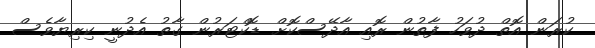
ކުރަން އޮތް ދުވަހު ފާތުން ރޮއި އާދޭސްކޮށް ޑޮކްޓަރުން ގާތު އެދުނީ ކިރިޔާވެސް